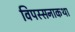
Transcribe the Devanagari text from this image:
विपस्सनाकथा